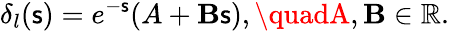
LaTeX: \delta_{l}(\mathsf{s})=e^{-\mathsf{s}}(A+\mathbf{B}\mathsf{s}),\quadA,\mathbf{B}\in\mathbb{{R}}.